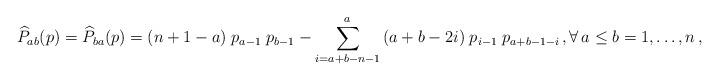
LaTeX: \begin{align*} {\widehat P}_{ab}(p)={\widehat P}_{ba}(p)= (n+1-a)\;p_{a-1}\;p_{b -1}- \sum_{i=a+b-n-1}^{a} \,(a+ b - 2i)\;p_{i-1}\;p_{a+b - 1-i}\,,\forall\,a\leq b=1,\ldots,n\,,\end{align*}